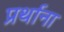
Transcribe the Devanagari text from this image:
प्रर्थाना